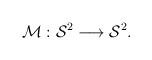
LaTeX: \begin{align*}{\cal{M}}: {\cal{S}}^{2} \longrightarrow {\cal S}^{2}.\end{align*}